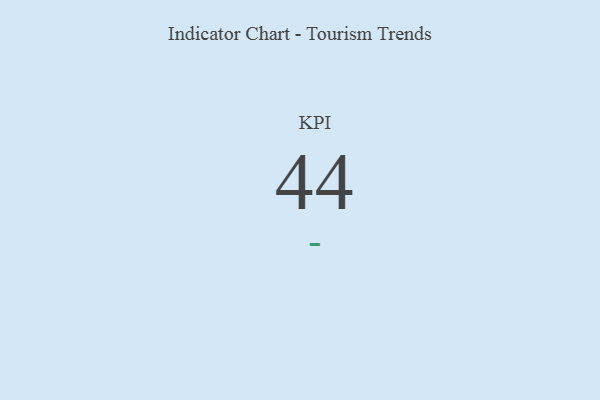
{"axis": {"x": "KPI", "y": "Value"}, "legend": [""], "data": [{"x": "KPI", "y": 44, "type": ""}]}